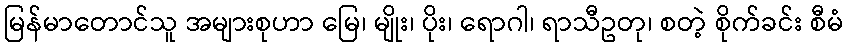
မြန်မာတောင်သူ အများစုဟာ မြေ၊ မျိုး၊ ပိုး၊ ရောဂါ၊ ရာသီဥတု၊ စတဲ့ စိုက်ခင်း စီမံ